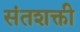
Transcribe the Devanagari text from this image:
संतशक्ती